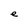
Character: e